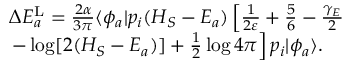
\begin{array} { r l } & { \Delta E _ { a } ^ { \mathrm { L } } = \frac { 2 \alpha } { 3 \pi } \langle \phi _ { a } | p _ { i } ( H _ { S } - E _ { a } ) \left[ \frac { 1 } { 2 \varepsilon } + \frac { 5 } { 6 } - \frac { \gamma _ { E } } { 2 } \right. } \\ & { \left. - \log [ 2 ( H _ { S } - E _ { a } ) ] + \frac { 1 } { 2 } \log 4 \pi \right] p _ { i } | \phi _ { a } \rangle . } \end{array}